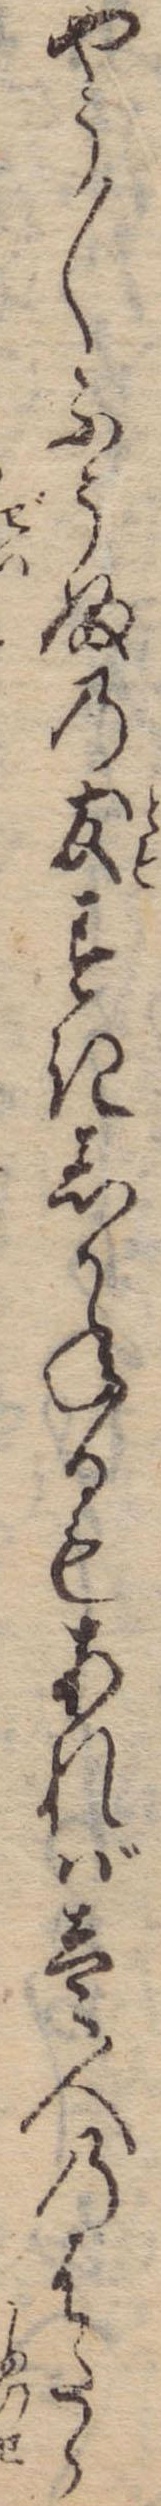
やう〱ふうふの友すきしかねるもあれば壱人のはたら